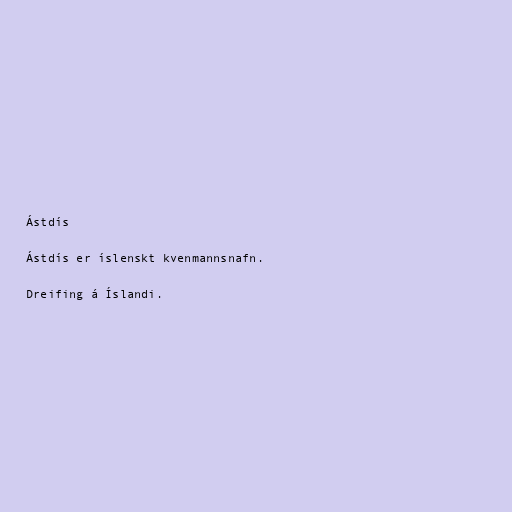
Ástdís

Ástdís er íslenskt kvenmannsnafn.

Dreifing á Íslandi.